Annual report on the lock hospitals of the Madras Presidency
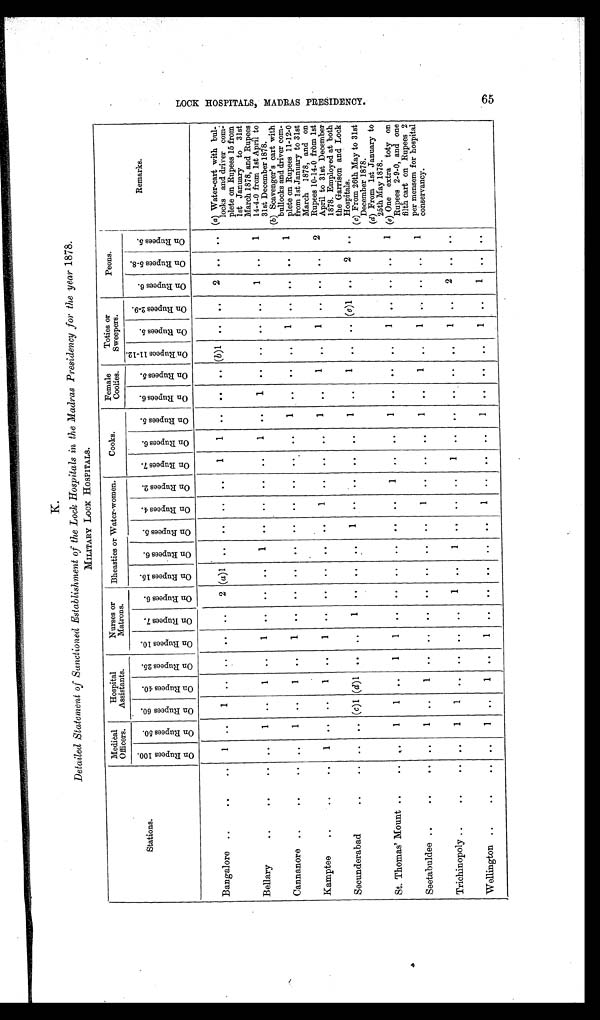
K.
Detailed Statement of Sanctioned Establishment of the Lock Hospitals in the Madras Presidency for the year 1878.
MILITARY LOCK HOSPITALS.
Stations
Medical
Officers.
Hospital
Assistants.
Nurses or
Matrons.
Bheasties or Water-women.
Cooks.
Female
Coolies.
Toties or
Sweepers.
Peons.
Remarks.
O n R u p e e s 1 0 0 .
O n R u p e e s 5 0 .
O n R u p e e s 6 0 . O n R u p e e s 4 0 .
O n R u p e e s 2 5 . O n R u p e e s 1 0 .
O n R u p e e s 7 .
O n R u p e e s 6 . O n R u p e e s 1 5 . O n R u p e e s 6 .
O n R u p e e s 5 .
O n R u p e e s 4 . O n R u p e e s 2 .
O n R u p e e s 7 .
O n R u p e e s 6 .
O n R u p e e s 5 .
O n R u p e e s 6 .
O n R u p e e s 5 .
O n R u p e e s 1 1 - 1 2 .
O n R u p e e s 5 .
O n R u p e e s 2 - 9 .
O n R u p e e s 6 . O n R u p e e s 5 - 8 .
O n R u p e e s 5 .
Bangalore ..
..
1
..
1
.. .. .. ..
2 (a)1 .. ..
..
..
1 1 . .
. .
. . (b)1 .. ..
2 .. .. (a) Water-cart with bul-
locks and driver com-
plete on Rupees 15 from
1st January to 31st
March 1878, and Rupees
14-4-0 from 1st April to
31st December 1878.
Bellary
..
..
.. ..
1 ..
1
..
1
..
..
..
1 .. .. .. ..
1
. .
1 .. .. ..
..
1 . .
1
Cannanore ..
..
.. ..
1 ..
1 ..
1
.. .. .. .. .. .. .. .. ..
1 .. . . ..
1 . .
. .
. .
1
(b) Scavenger's cart with
bullocks and driver com-
plete on Rupees 11-12-C
from 1st January to 31st
March 1878, and on
Rupees 10-14-0 from 1st
April to 31st December
1878. Employed at both
the Garrison and Lock
Hospitals.
Kamptee
..
.. 1
. .
. . 1 ..
1 .. .. .. .. ..
1
..
..
..
1 ..
1 ..
1
.. .. ..
2
Secunderabad
..
..
..
.. (c)1 (d)1 .. ..
1 .. .. ..
1
..
.. .. ..
1 ..
1 .. .. (e)1 .. 2 .. ( c) From 26th May to 31st
December 1878.
(d) From 1st January to
25th May 1878.
St. Thomas' Mount ..
.. ..
1
1 ..
1
1 .. ..
. . ..
. .
..
1
.. ..
1
.. .. ..
1
.. .. ..
1 (e) One extra toty on
Rupees 2-9-0, and one
filth cart on Rupees 2
per mensem for hospital
conservancy.
Seetabuldee ..
..
.. ..
1 ..
1
.. .. .. .. .. .. ..
1
.. .. ..
1 ..
1 ..
1
..
.. ..
1
Trichinopoly ..
..
..
1
1
.. .. .. ..
1 ..
1
.. .. ..
1 ..
.. .. .. ..
1 ..
2 .. ..
Wellington ..
..
.. . .
1 ..
1
. . 1
. . ..
. . . .
. .
1
.. .. ..
1
.. .. ..
1 . .
1
.. ..
L O C K H O S P I T A L S , M A D R A S P R E S I D E N C Y
65